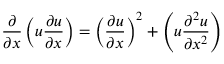
\frac { \partial } { \partial x } \left( u \frac { \partial u } { \partial x } \right) = \left( \frac { \partial u } { \partial x } \right) ^ { 2 } + \left( u \frac { \partial ^ { 2 } u } { \partial x ^ { 2 } } \right)